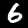
Label: 6